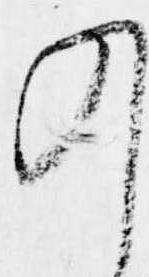
乃